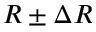
R \pm \Delta R